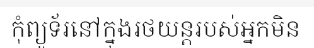
កុំព្យូទ័រនៅក្នុងរថយន្តរបស់អ្នកមិន